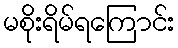
မစိုးရိမ်ရကြောင်း